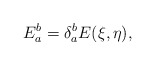
\begin{align*}E^b_a = \delta^b_a E(\xi,\eta),\end{align*}